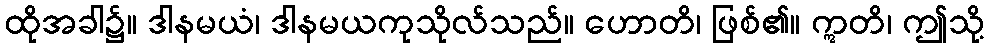
ထိုအခါ၌။ ဒါနမယံ၊ ဒါနမယကုသိုလ်သည်။ ဟောတိ၊ ဖြစ်၏။ ဣတိ၊ ဤသို့